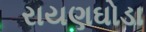
રાયણઘોડા